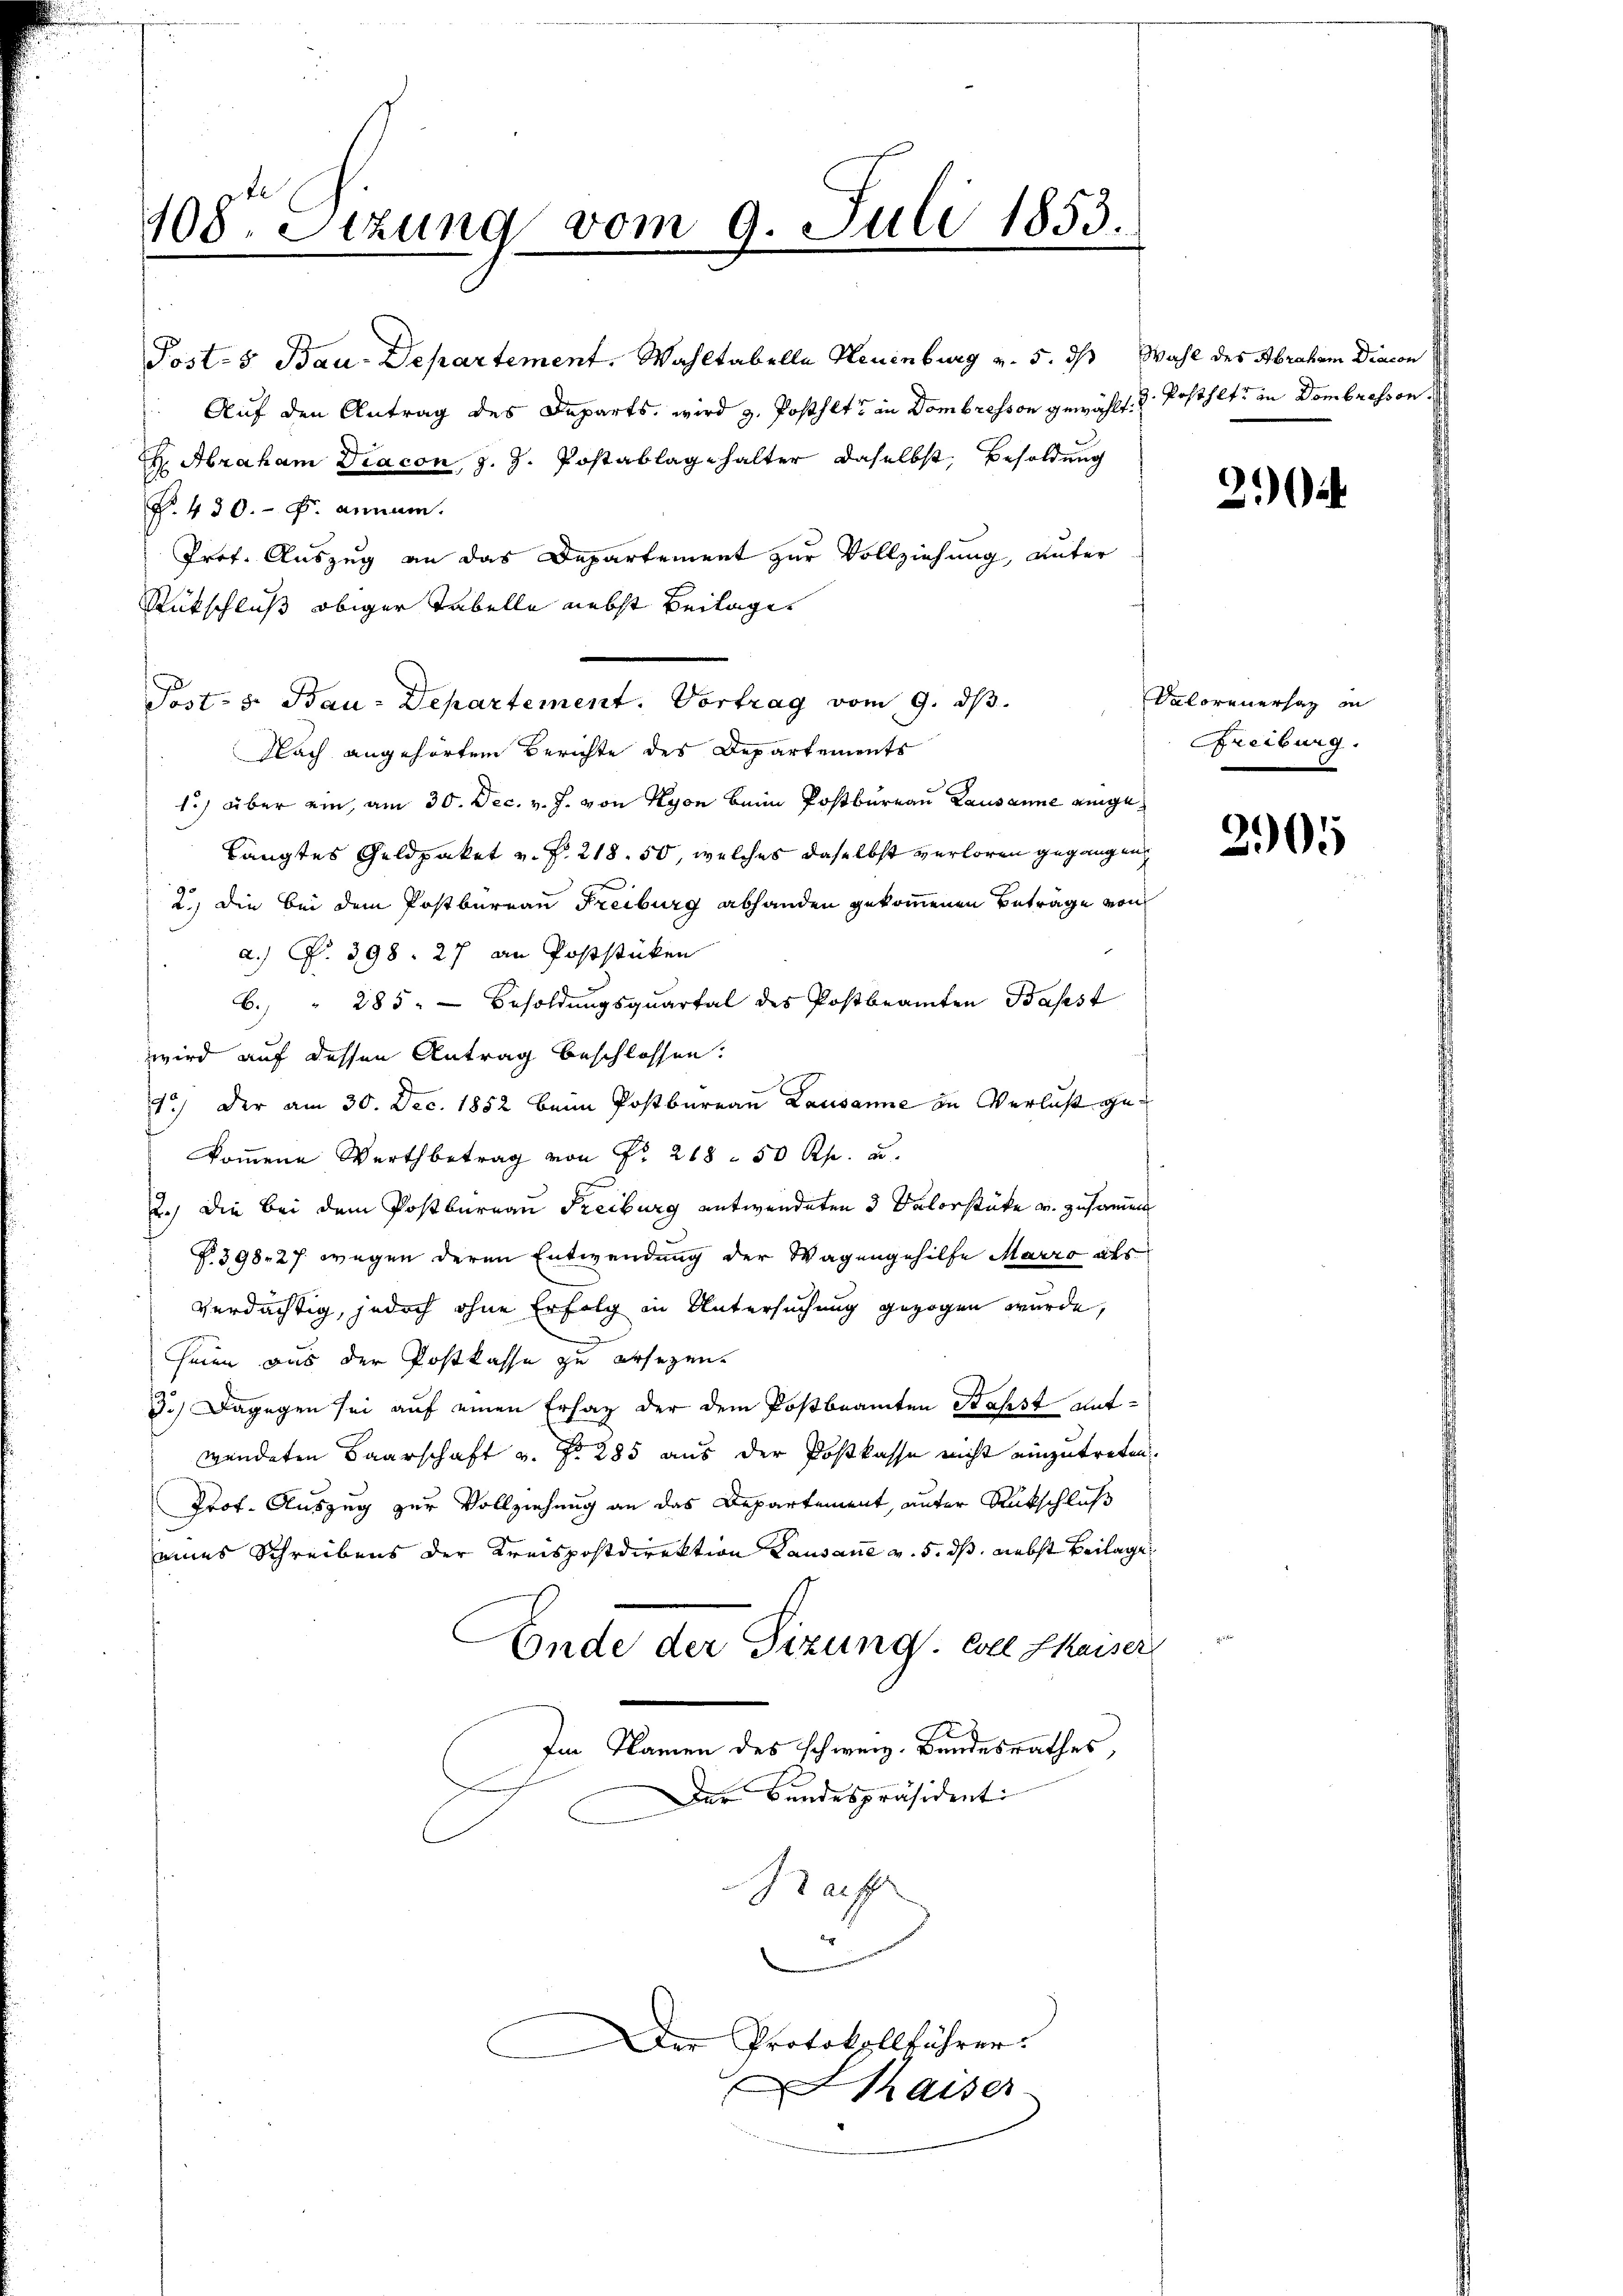
108. Sitzung vom 9. Juli 1853.
m

Post-5 Bau-Departement. Wahltabella Neuenburg v. 5. ds Wahl des Abraham Diacon
Auf den Antrag des Departs, wird z. Posthet in Dombresson gewählt. u. Posthet in Dombressen.
 Abraham Diacon, z. Z. Postablage halter daselbst, Besoldung
R. 430. f. annum.
Prof. Auszug an das Departement zur Vollziehung, unter
Rückschluß obiger Tabelle nebst Beilages
Nach angehörtem Berichte des Departements
1) über ein, am 30. Dec. v. J. von Nyon beim Postbureau Lausanne einge¬
Längtes Geldpaket v. P. 218. 50, welches daselbst verloren gegangen
2.) Die bei dem Postbureau Freiburg abhanden gekommenen Betrage von
a. P. 398. 27 an Poststücken
6.) " 285. - Besoldungsquartal des Postbeamten Basst
wird auf dessen Antrag beschlossen.
7) Der am 30. Dec. 1852 beim Postbureau Lausanne in Verlust gekommene Wertbetrag von Fr. 268. 50 Rp. u.
2.) Die bei dem Postbureau Freiburg entwendeten 3 Palorstüke u. zusammen
P. 398. 27 wegen deren Entwendung der Wagengehilfe Marro als
verdächtig, jedoch ohne Erfolg in Untersuchung gezogen wurde,
henen aus der Postkasse zu ersezen.
3.) Dagegen sei auf einen Ersatz der dem Postbeamten Stahst amtwendeten Baarschaft u. No 285 aus der Postkasse nicht einzutreten.
Prof. Auszug zur Vollziehung an das Departement, unter Rückschluß
eines Schreibens der Kreispostdirektion Lausane v. 5. dß. nebst Beilage
Ende der Sizung. Wel Chaiser
Im Namen des schweiz. Bundesrathes,
Der Bandespräsidenti
I auff

Post- s. Bau-Departement. Vortrag vom 9. ds.

Der Protokollführer.

Kaiser

21)

Valorenersag in
Freiburg.

2905